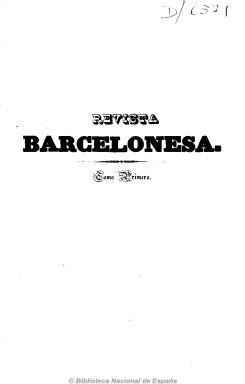
Título: Revista barcelonesa
Colección: Revistas de información general
Ámbito geográfico: Barcelona
Lugar de publicación: Barcelona
Fechas: 02/08/1846-25/07/1847

Subtitulada “periódico propagador de toda clase de conocimientos útiles” y redactada “por los más distinguidos literatos”, y también economistas, bajo la dirección de Augusto de Burgos, tal como se indica en su cabecera, es un semanario, que sale los domingos a partir del dos de agosto de 1846, editado en la Ciudad Condal por el librero e impresor de Cámara de S.M. Juan Oliveres. Su objetivo es dar a conocer los adelantos y descubrimientos “del humano entendimiento” y que “se verifiquen en el extranjero”, y fomentar los procedimientos agrícolas e industriales, dando cabida también a amplios artículos de carácter literario, acompañados de grabados alegóricos, paisajes, escenas o edificios monumentales.

Sus artículos versan también sobre historia, biografía, economía política y rural y administración pública, física, química, frenología, música, ciencias naturales, viajes, ferrocarril, bibliografía, teatro, costumbres españolas, etc. También publica otros analizando la producción literaria de Eugenio Sue, y su director llegará a traducir el Orlando furioso, de Ludovico Ariosto. Incluye composiciones poéticas y narraciones a modo de folletín bajo el epígrafe de “Amena literatura”, así como una sección de “Variedades” (noticias de comercio, empresas, reseñas bibliográficas, etc.) y anuncios tanto de tipo comercial e industrial como de producción libresca.

Entre los firmantes de sus textos aparecen nombres como S. de Masarnau, S. de Miñano, Eusebio Freixas, Eugenio de Ochoa, José Mor de Fuentes, Carlos García Doncel, Antonio Benavides o Javier de Burgos.

Aunque el editor señala que no dedicará su publicación a artículos de carácter político, en los publicados sobre sociedades (mercantiles, etc.) Iris M. Zavala (1972) advierte una defensa de las sociedades obreras, cooperativas y cajas de ahorro.

Con entregas, generalmente, de 16 páginas, la colección de esta publicación de carácter enciclopédico, de prácticamente un año de existencia, está formada por dos tomos. El primero, de 27 números y 432 páginas. El segundo, de 25 números y 400 páginas, comprende desde el siete de febrero al 25 de julio de 1847. Al final de cada uno incluye un índice de materias.